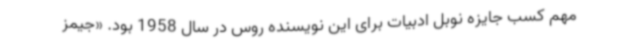
مهم کسب جایزه نوبل ادبیات برای این نویسنده روس در سال 1958 بود. «جیمز